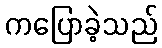
ကပြောခဲ့သည်